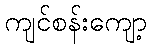
ကျင်စန်းကျော့